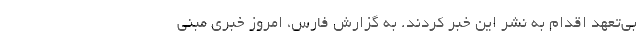
بی‌تعهد اقدام به نشر این خبر کردند. به گزارش فارس، امروز خبری مبنی